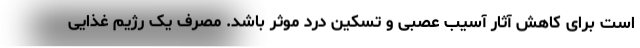
است برای کاهش آثار آسیب عصبی و تسکین درد موثر باشد. مصرف یک رژیم غذایی